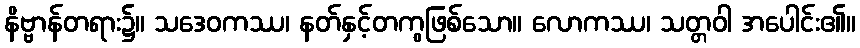
နိဗ္ဗာန်တရား၌။ သဒေဝကဿ၊ နတ်နှင့်တကွဖြစ်သော။ လောကဿ၊ သတ္တဝါ အပေါင်း၏။